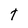
Character: t